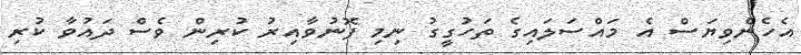
އެހެންވިޔަސް އެ މައްސަލައިގެ ތަހުގީގު ނިމި ފޮނުވާއިރު ކުރިން ވެސް ދައުވާ ކުރި